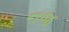
નજ